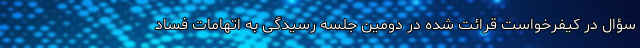
سؤال در کیفرخواست قرائت شده در دومین جلسه رسیدگی به اتهامات فساد